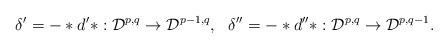
LaTeX: \begin{align*}\delta^\prime =-\ast d^\prime \ast : {\cal D}^{p,q} \rightarrow {\cal D}^{p-1,q}, \ \ \delta^{\prime \prime} =-\ast d^{\prime \prime}\ast : {\cal D}^{p,q} \rightarrow {\cal D}^{p,q-1}.\end{align*}